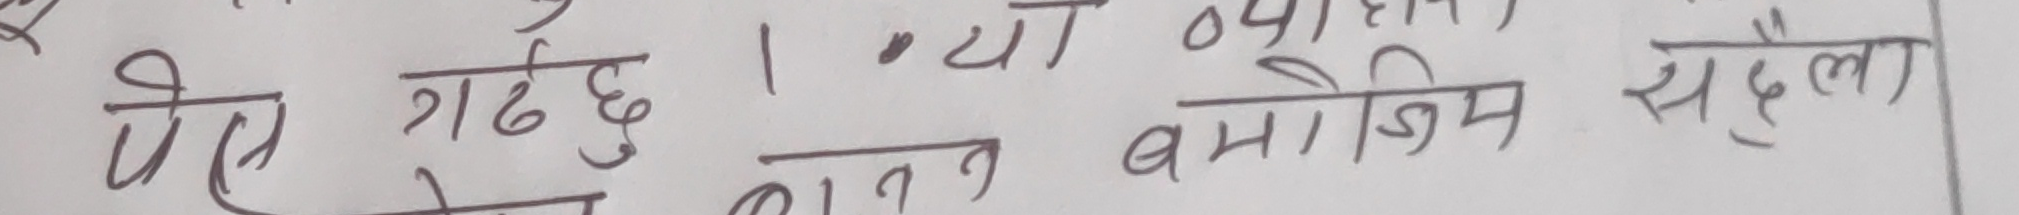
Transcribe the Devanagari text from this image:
पेस गर्दछु 1. व्यक्त बमोजिम सधैला